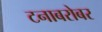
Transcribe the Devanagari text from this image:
टनाबरोबर